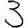
Digit: 3